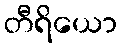
တီရိယော